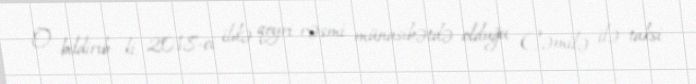
O bildirib ki, 2018-ci ildə qeyri-rəsmi münasibətdə olduğu Cəmilə ilə taksi